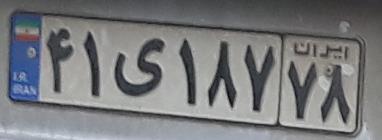
۴۱ی۱۸۷۷۸